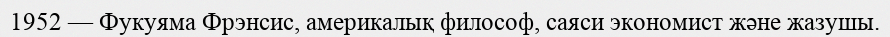
1952 — Фукуяма Фрэнсис, америкалық философ, саяси экономист және жазушы.